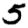
Digit: 5